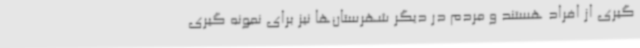
گیری از افراد هستند و مردم در دیگر شهرستان‌ها نیز برای نمونه گیری